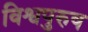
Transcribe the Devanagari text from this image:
विश्वपुरुष